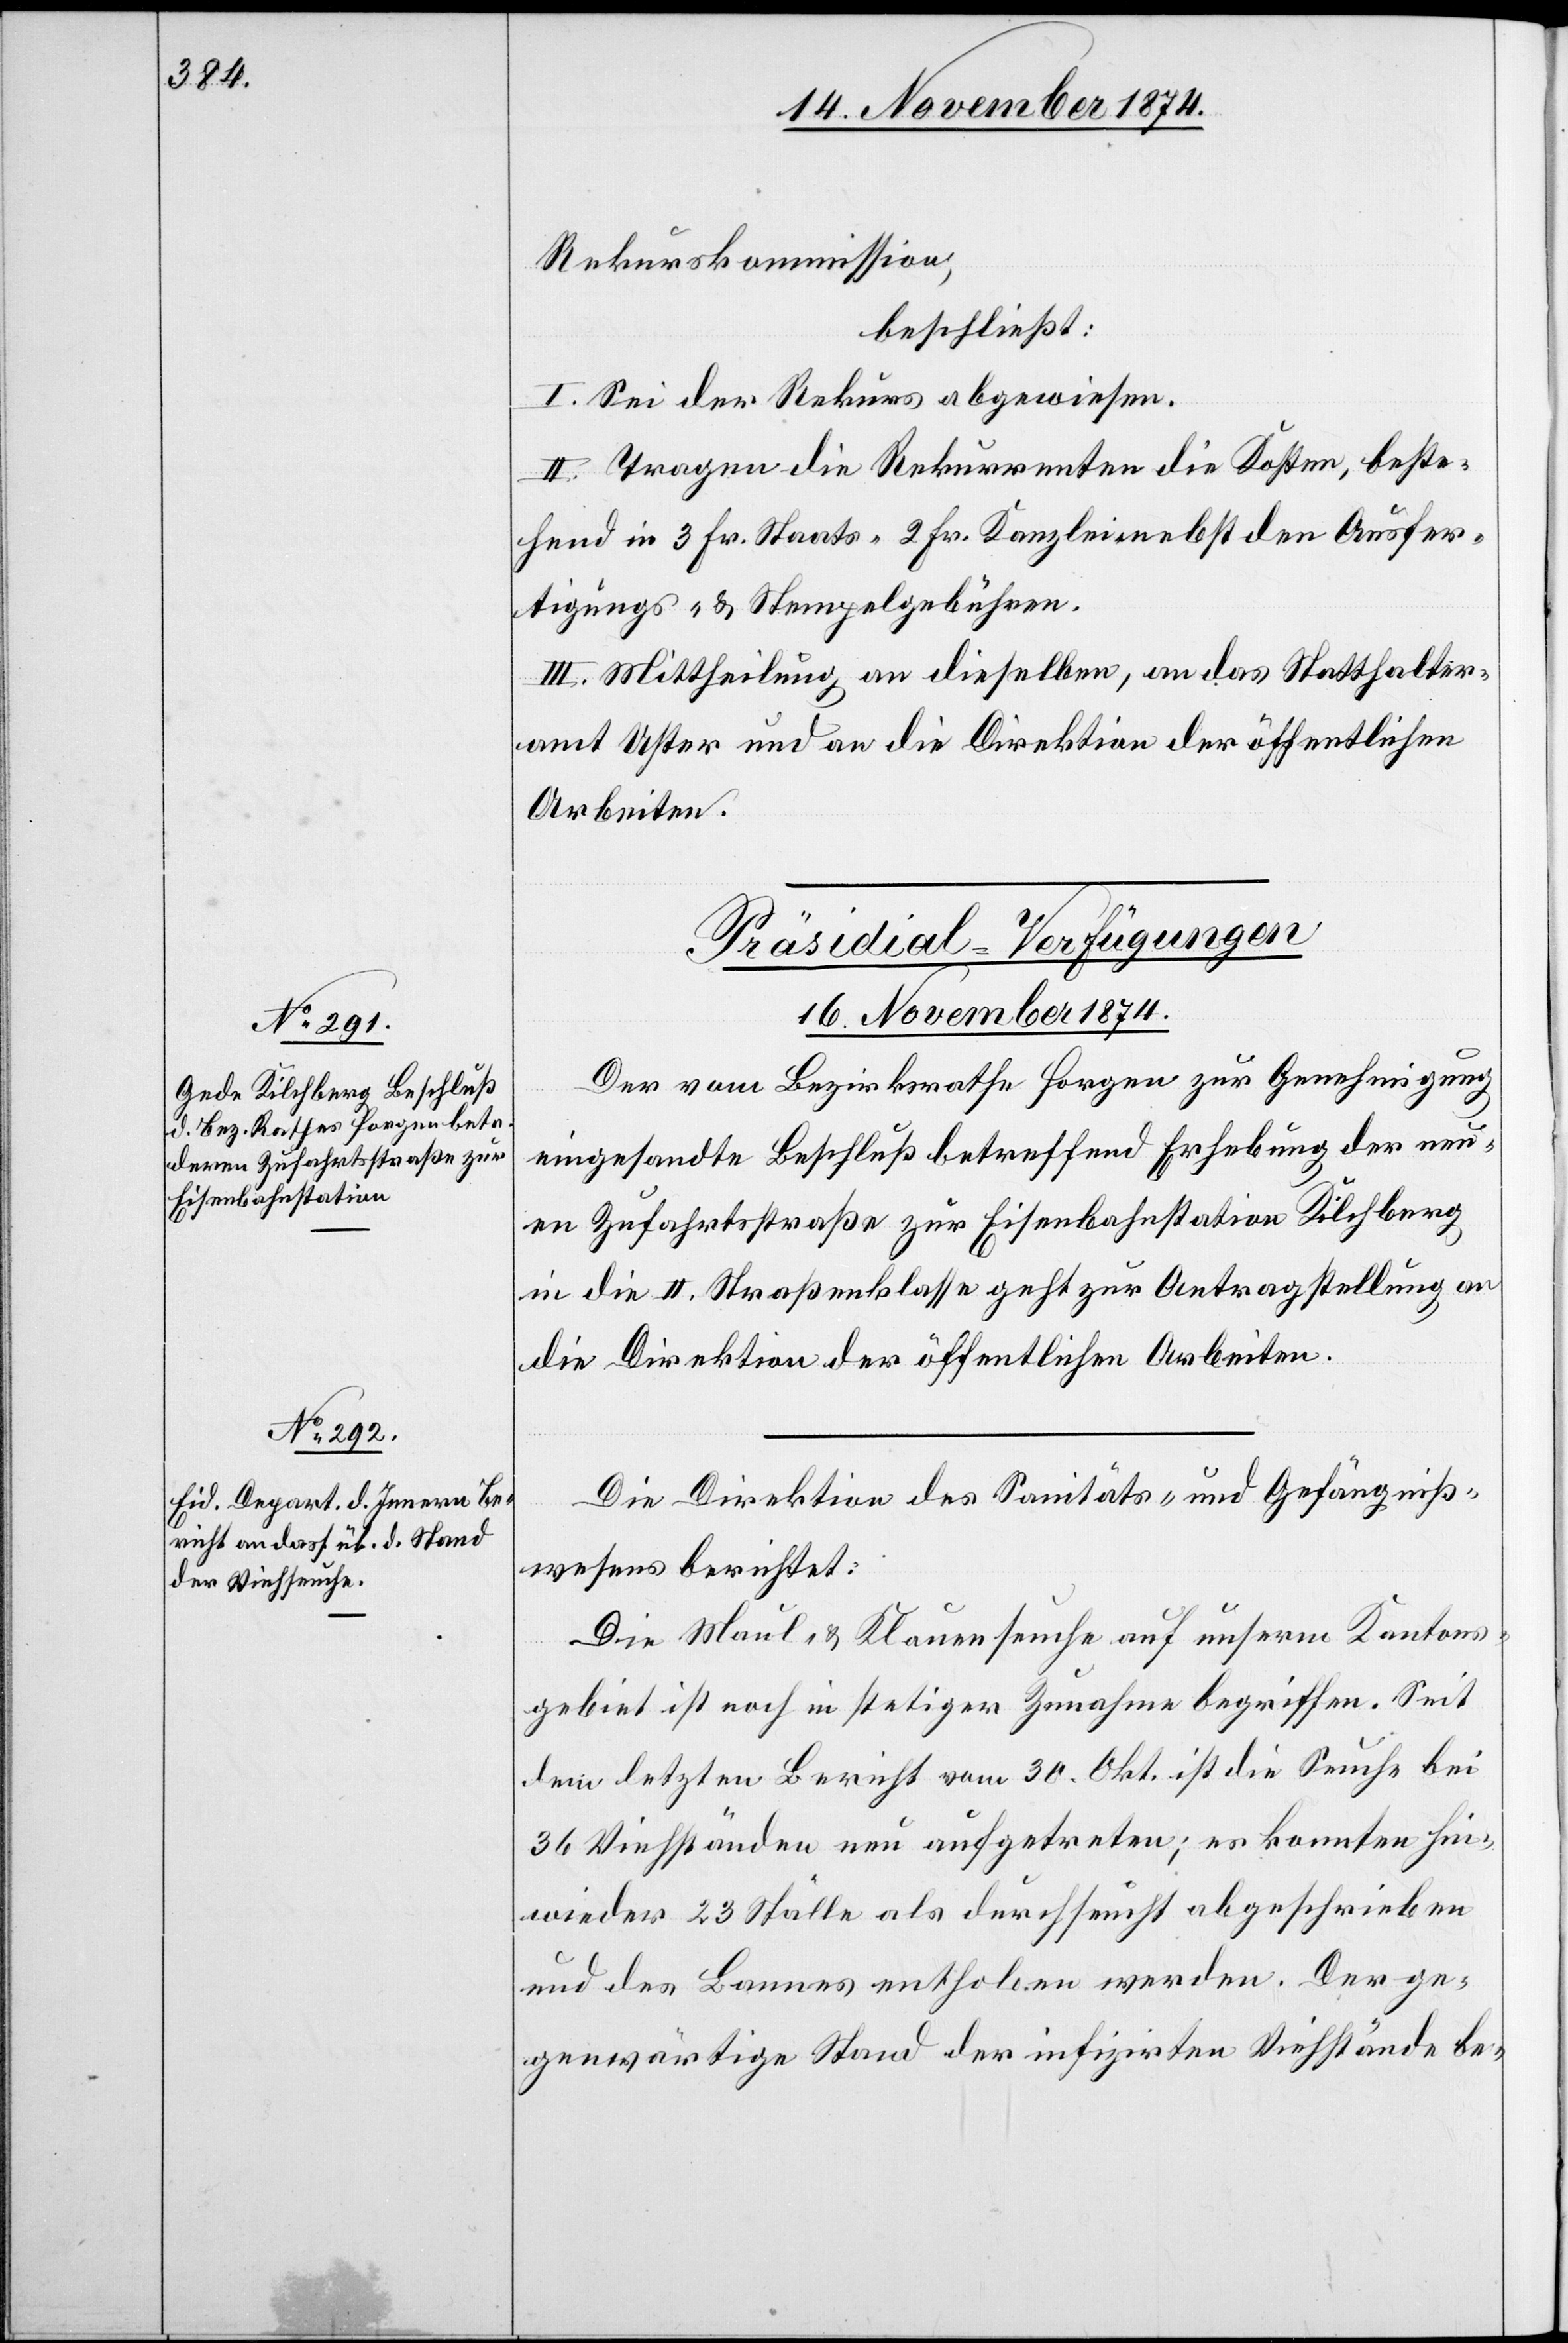
Rekurskommission,
beschließt:
I. Sei der Rekurs abgewiesen.
II. Tragen die Rekurrenten die Kosten, beste¬
hend in 3 Fr. Staats-[,] 2 Fr. Kanzlei- nebst den Ausfer¬
tigungs- & Stempelgebühren.
III. Mittheilung an dieselben, an das Statthalter¬
amt Uster und an die Direktion der öffentlichen
Arbeiten.
[Präsidial-Verfügungen
16. November 1874.]
Der vom Bezirksrathe Horgen zur Genehmigung
eingesandte Beschluß betreffend Erhebung der neu¬
en Zufahrtsstraße zur Eisenbahnstation Kilchberg
in die II. Straßenklasse geht zur Antragstellung an
die Direktion der öffentlichen Arbeiten.
Die Direktion des Sanitäts- und Gefängniß¬
wesens berichtet:
Die Maul- & Klauenseuche auf unserm Kantons¬
gebiet ist noch in stetiger Zunahme begriffen. Seit
dem letzten Bericht vom 30. Okt. ist die Seuche bei
36 Viehständen neu aufgetreten; es konnten hin¬
wieder 23 Ställe als durchseucht abgeschrieben
und des Bannes enthoben werden. Der ge¬
genwärtige Stand der infizirten Viehstände be-